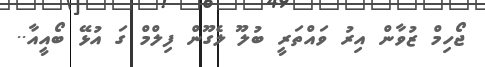
ޖޯހިމް ޒުވާން އިރު ވައްތަރީ ބުލޫ ލެގޫން ފިލްމް ގަ އުޅޭ ބޯއީއާ..